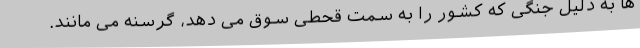
ها به دلیل جنگی که کشور را به سمت قحطی سوق می دهد، گرسنه می مانند.